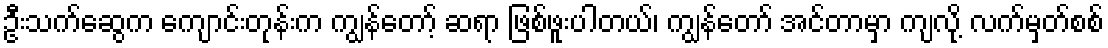
ဦးသက်ဆွေက ကျောင်းတုန်းက ကျွန်တော့် ဆရာ ဖြစ်ဖူးပါတယ်၊ ကျွန်တော် အင်တာမှာ ကျလို့ လက်မှတ်စစ်